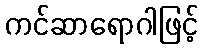
ကင်ဆာရောဂါဖြင့်